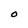
Character: O